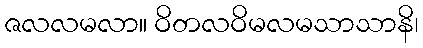
ဇလလမလာ။ ဝိတလဝိမလမသာသာနိ၊